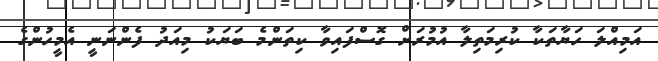
އަމިއްލަ ހަޔާތަކާ ކުރިމަތިލާާ އުމުރަށް ގޮސްފައިވާ ކިތަންމެ ބަޔަކު މިއަދު ފެންނަނީ އެމީހުންގެ